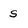
Character: s